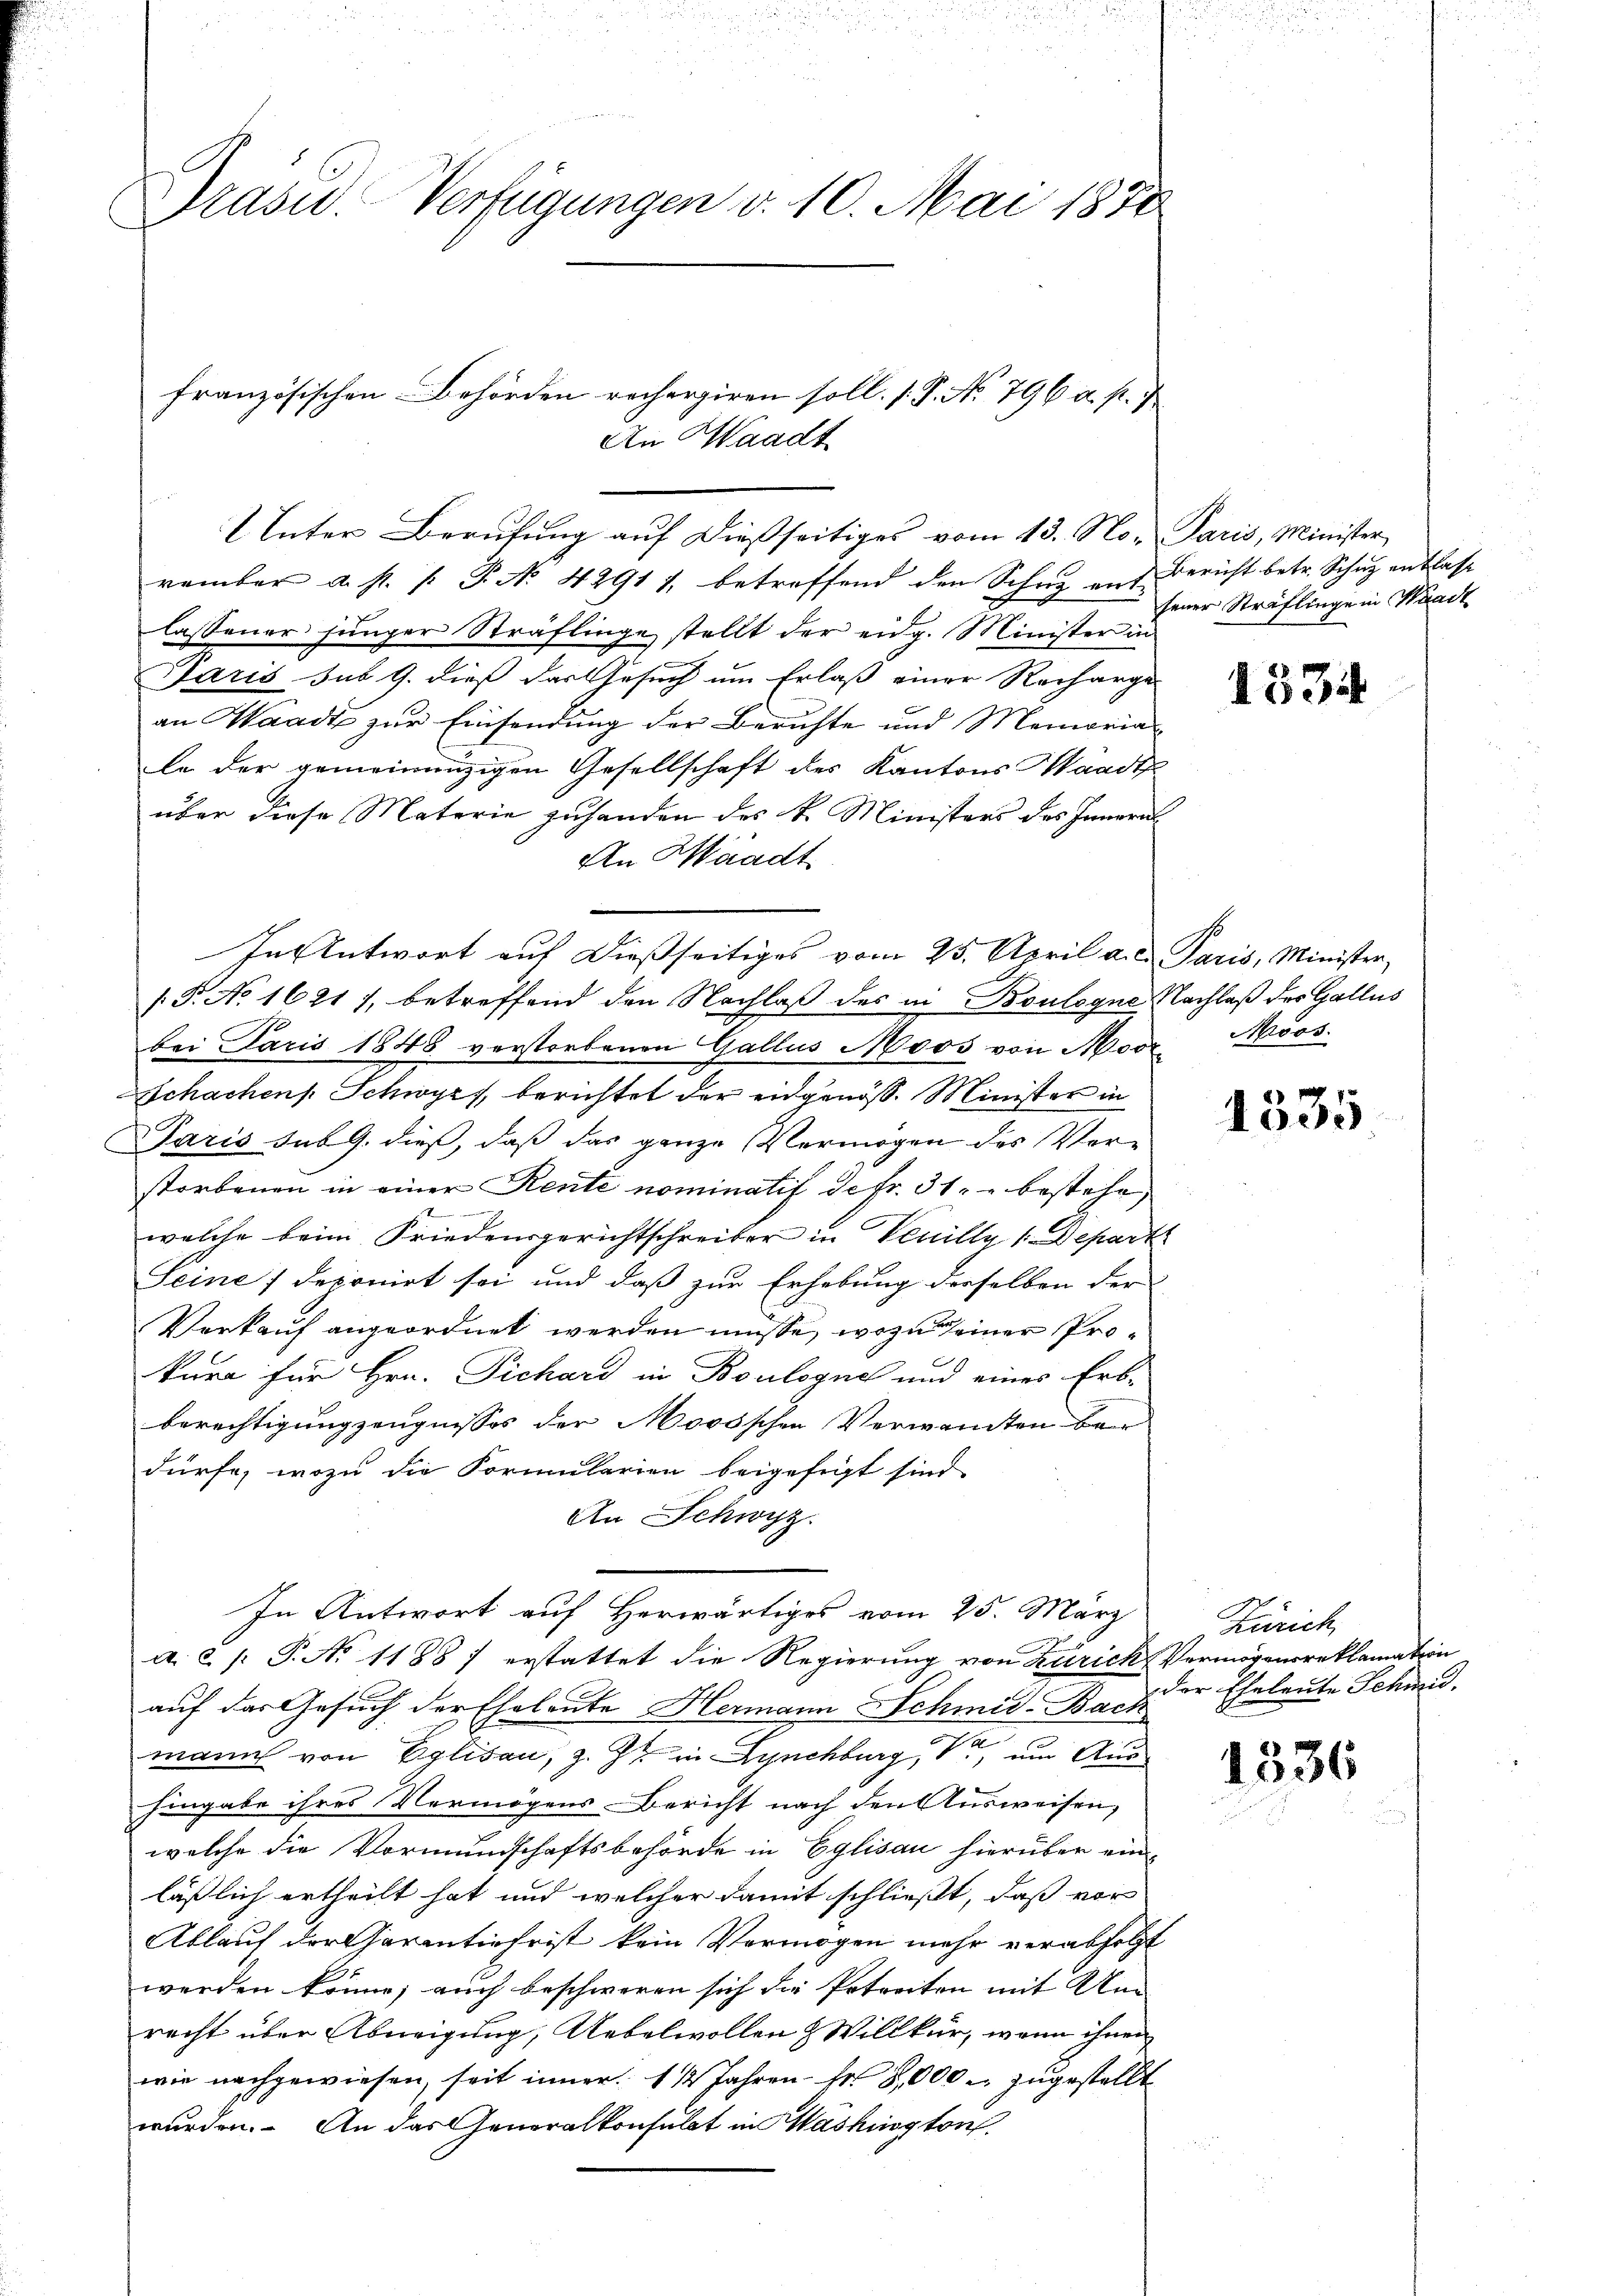
Drasid. Verfügungen v. 10. Mai 1850

2 Unter Berufung auf dießseitiges vom 13. No. Paris, Minister,

französischen Behörden rechergiren soll. (T. No. 796 a. p.
An Waadt

vember a. p. / P. No 42917, betreffend den Schuz ent-
lassener junger Sträflinge stellt der eidg. Minister in
Paris sub 9. dieß das Gesuch um Erlaß einer Recharge
an Waadt zur Einsendung der Berichte und Memoria
la der gemeinanzigen Gesellschaft des Kantons Waadt
über diese Materie zuhanden des k. Ministers des Innern
An Waadt
In Antwort auf dießseitiges vom 25. April a. c. Paris, Minister-
/5. No 1621), betreffend den Nachlaß des in Boulogne
bei Paris 1848 verstorbenen Gallus Moos von Moor Moos.
Schachens. Schwyz, berichtet der eidgenöß. Minister in
Paris sub 9. dieß, daß das ganze Vermögen des Verstorbenen in einer Rente nominatif de fr. 31. bestehe,
e
welche beim Friedensgerichtschreiber in Vanilly 1. Depar
Seine / deponirt sei und daß zur Erhebung derselben der
Verkauf angeordnet werden müsse, wozu seiner Prokara für Hrn. Pichard in Boulogne und eines Erb-
berechtigung zeugnisses der Moosschen Verwandten bedürfe, wozu die Formularien beigefügt sind,
An Schwyz.
In Antwort auf Herwärtiges vom 25. März
a. a. p. P. No 11887 erstattet die Regierung von Zürich Vermögensreklamation
auf das Gesuch der Eheleute Hermann Schmid-Bach
2
mann von Eglisau, z. Z. in Lynchburg, 1, um Aus
hingabe ihres Vermögens Bericht nach den Ausweisen,
welche die Vormundschaftsbehörde in Eglisau hierüber ein
läßlich ertheilt hat und welcher damit schließt, daß vor
Ablauf der Garantiefrist kein Vermögen mehr verabfolg
werden könne; auch beschweren sich die Ertreiten mit Un
recht über Abneigung, Uebelwollen & Willkür, wenn ihnen
wie nachgewiesen, seit inner 1 ½ Jahren Fr. 2,000 zugestellt
wurden. An das Generalkonsulat in Washingtouf.

Bericht betr. Schuz entlasse
sener Sträflinge in Waadt

1534

Nachlaß der Gallus

2

1335

Zürich
der Eheleute Schmid.

1336